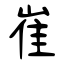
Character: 崔